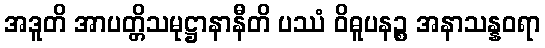
အဒူတိ အာပတ္တိသမုဋ္ဌာနာနီတိ ပဿံ ဝိဓူပနဉ္စ အနာသန္နဝရာ